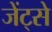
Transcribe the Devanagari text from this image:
जेंट्से